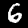
Label: 6